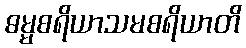
ဓမ္မစရိယာသမစရိယာတိ